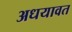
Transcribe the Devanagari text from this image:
अधयावत